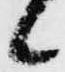
候